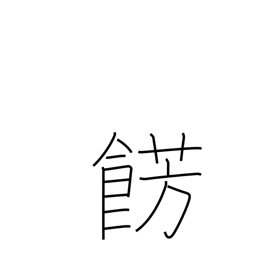
Meaning: embellish